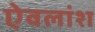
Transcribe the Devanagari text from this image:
ऐवलांश